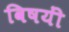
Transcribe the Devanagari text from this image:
विषयीं